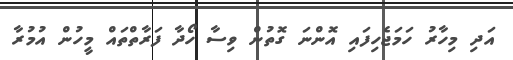
އަދި މިހާރު ހަމަޖެހިފައި އޮންނަ ގޮތުން ވިސާ ހޯދާ ފަރާތްތައް މީހުން އުމުރާ